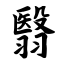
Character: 翳